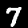
Digit: 7